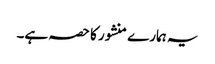
یہ ہمارے منشور کا حصہ ہے۔